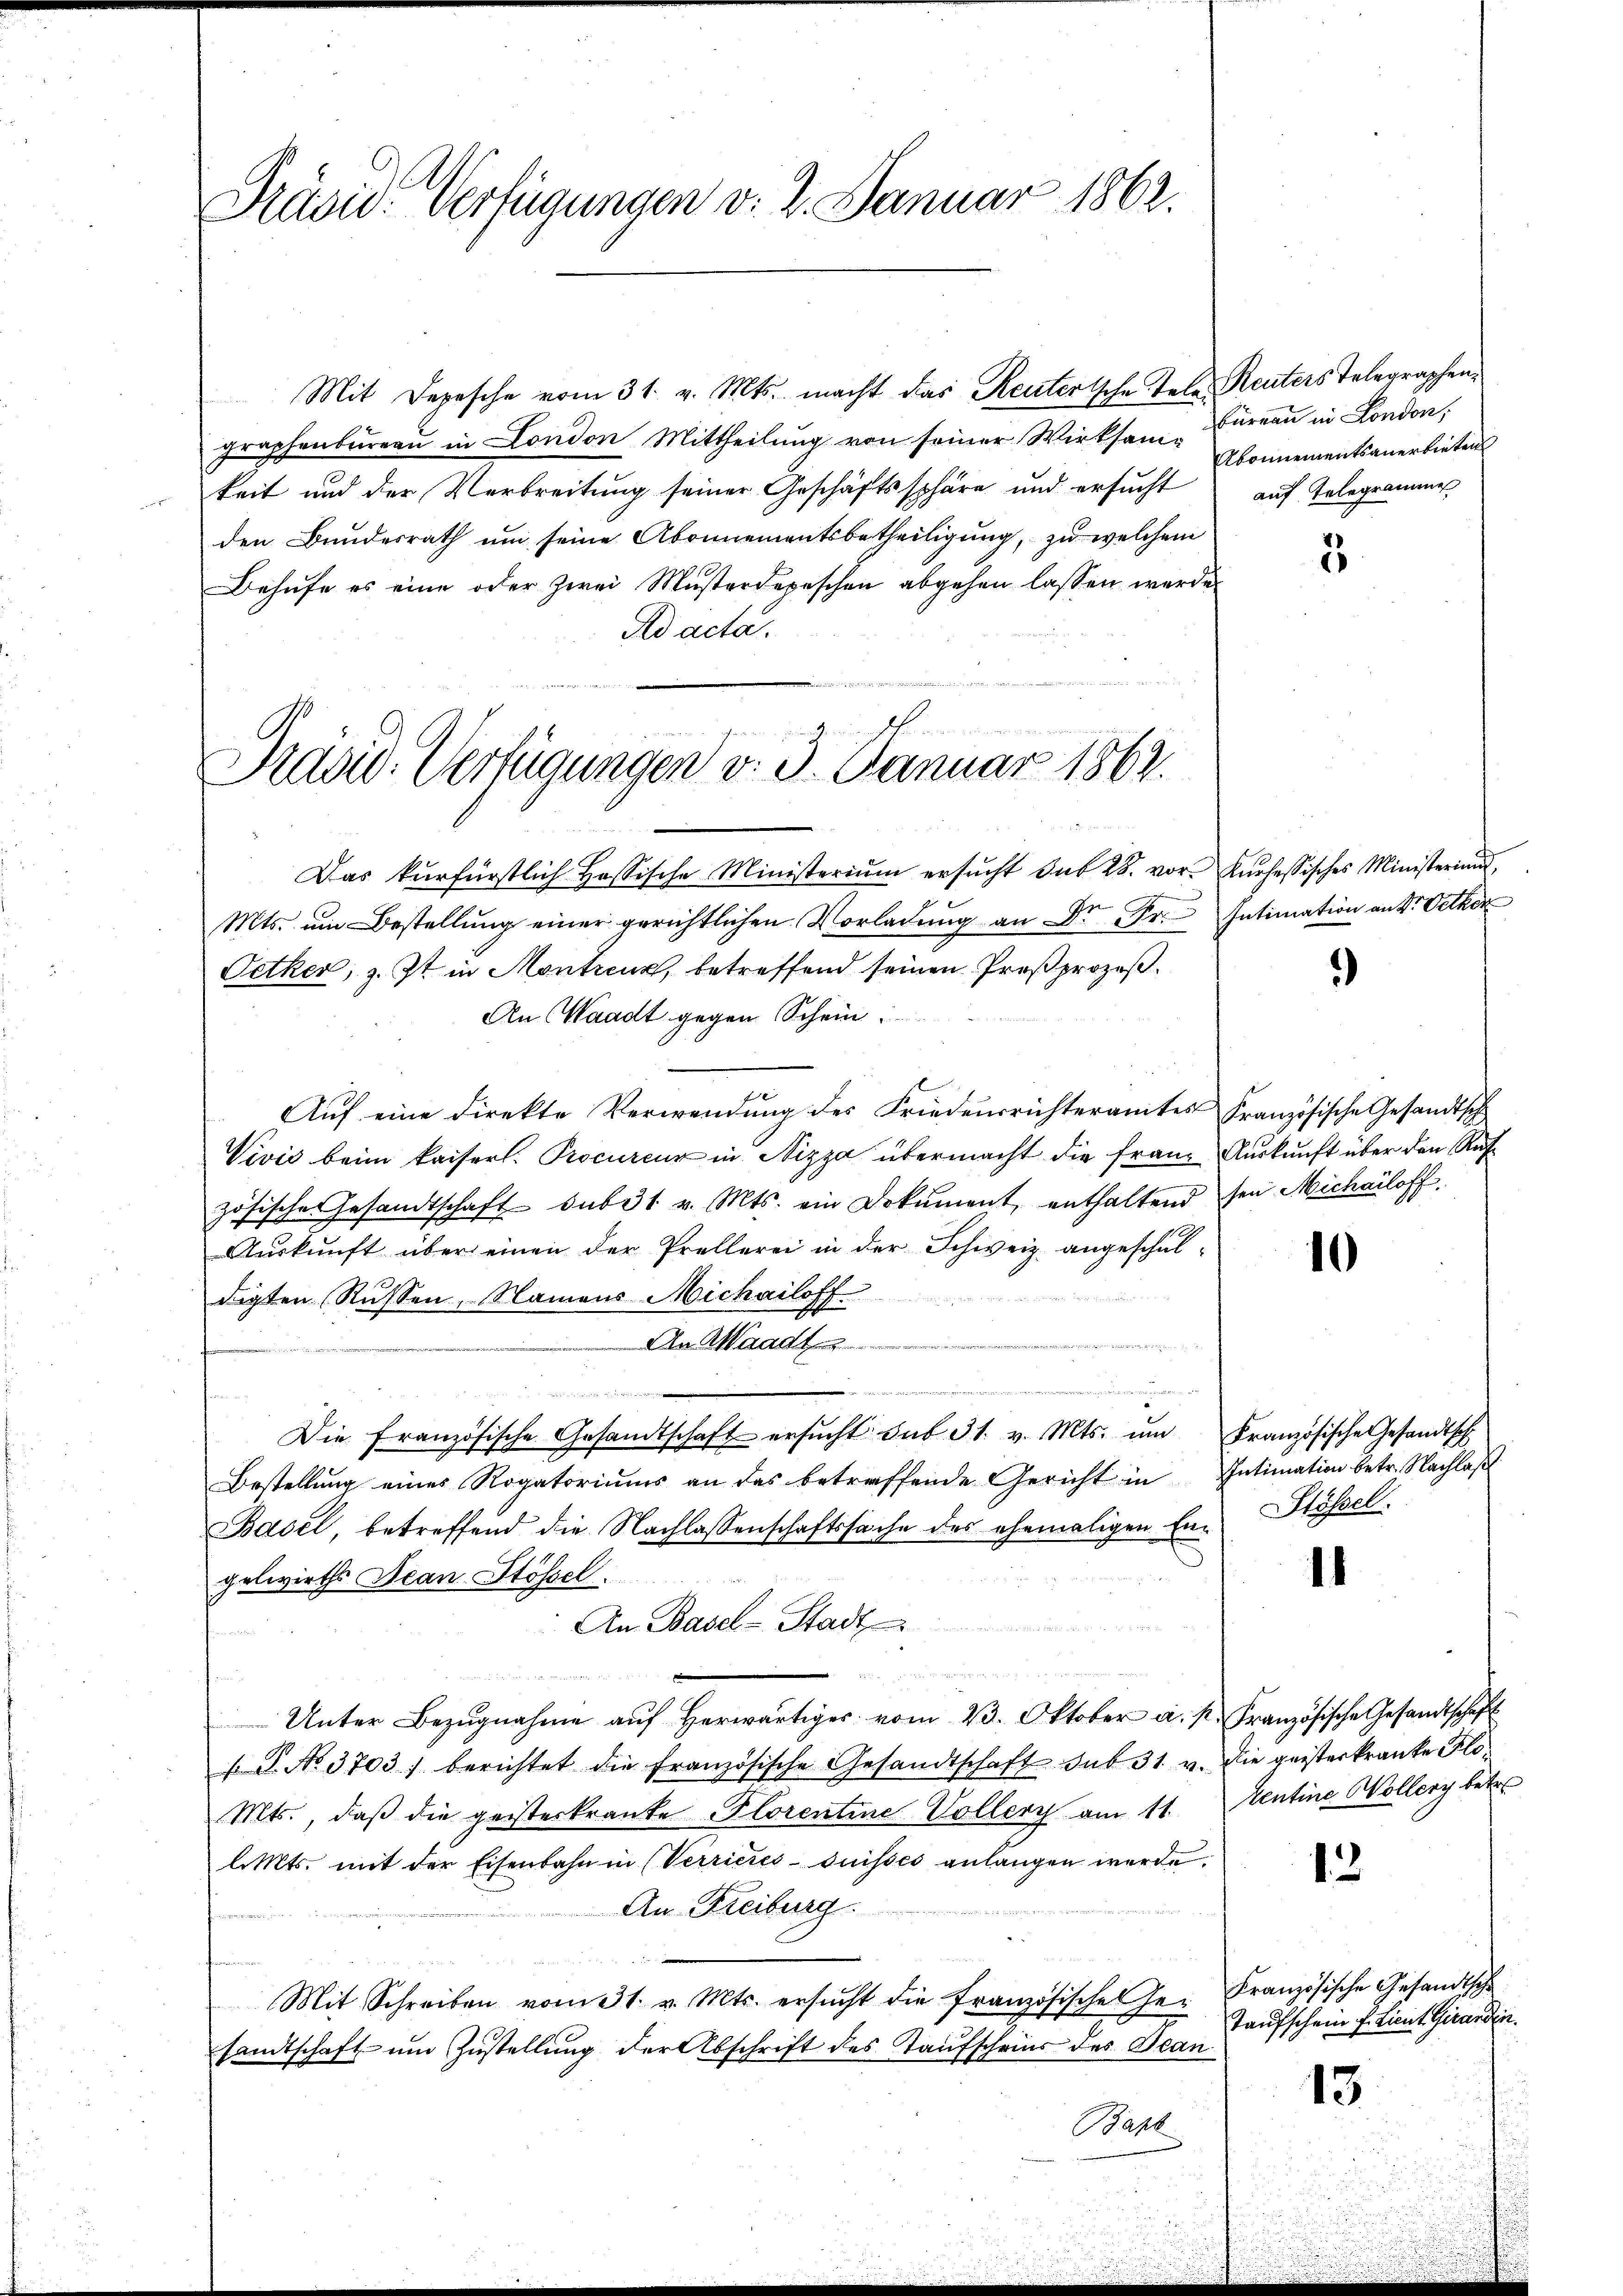
Präsid. Verfügungen v. 2. Januar 1862.

Mit Depesche vom 31. v. Mts. macht das Reuter sche Tale Reuters Telegraphengraphenbureau in London Mittheilung von seiner Wirksam-
keit und der Verbreitung seiner Geschäftssphäre und ersucht auf Telegramme
den Bundesrath um seine Abonnementsbetheiligung, zu welchem
Behufe es eine oder zwei Musterdepeschen abgehen lassen werde.
Ad acta.

19
Präsid. Verfügungen v. 3. Janua

Das kŭrfürstlich Hassische Ministerium ersŭcht sub 28. vor. Kurhessisches Ministerium,
Mts. um Bestellung einer gerichtlichen Vorladung an Dr. Fr. Intimation an Dr. Oetker
Petker, z. Ist in Montreuz, betreffend seinen Proßprozeß¬
An Waadt gegen Schein.
Auf eine direkte Verwendung des Friedensrichteramtes Französische Gesandtsch
Vivić beim kaiserl. Procureur in Nizza übermacht die Franz Auskunft über den Rufzösische Gesandtschaft sub 31 v. Mts. ein Dokument, enthaltend sein Michailoff
J
Aŭskŭnft über einen der Prellerei in der Schweiz. angeschul¬

digten Rüssen, Namens Michailoff
An Waadt
 89
uden
.
n
Die Französische Gesandtschaft ersŭcht sub 31. v. Mts. ŭm Französische Gesandtsch
Bestellŭng eines Rogatoriŭms an das betreffende Gericht in Intimation betr. Nachlaß
Basel, betreffend die Nachlassenschaftssache des ehemaligen Ein Stössel.
gelwirths Jean Stössel.
An Basel-Stadt
Unter Bezŭgnahme aŭf herwärtiger vom 23. Oktober a. p. Französische Gesandtschaft
.P. No. 3703. berichtet die französische Gesandtschaft sub 31. v. die geisterkranke Flo
Mts., daß die geisterkrante Florentine Vollery am 11. Sentine Wollery betre
likts, mit der Eisenbahn in (Verrieres-Suisses anlangen werde.
An Freiburg.
Mit Schreiben vom 31. v. Mts. ersucht die französisches Hei
sandtschaft um Zustellung der Abschrift des Taufscheins des Bean
Bapt

Büreau in London,
Abonnementsanerbieten

3

)

1

1

13

13.

Französische Gesandtsche
Taufschein f. Lieut. Girardin.